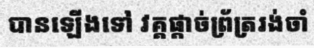
បានឡើងទៅ វគ្គផ្តាច់ព្រ័ត្ររង់ចាំ